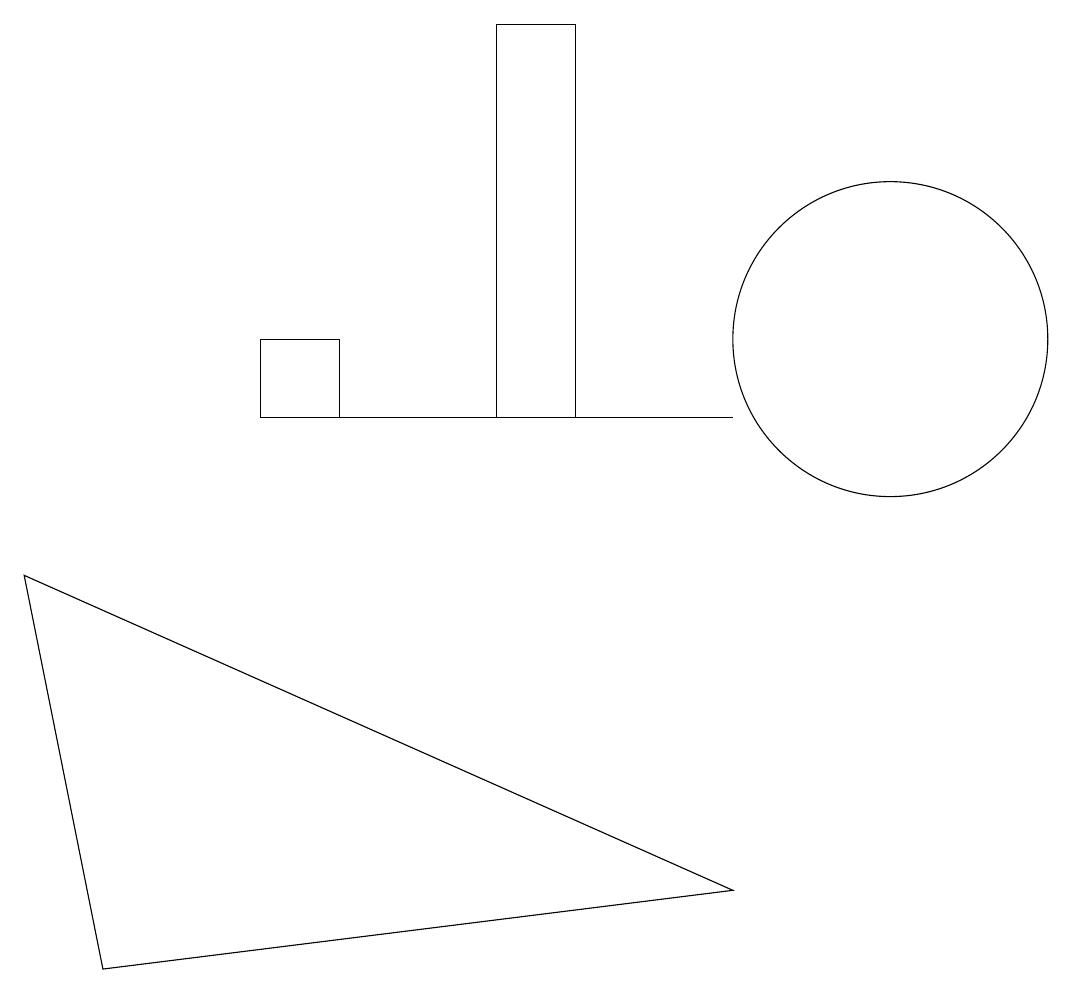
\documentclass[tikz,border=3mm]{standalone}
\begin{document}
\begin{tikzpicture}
\draw (11,12) circle (2);
\draw (7,16) rectangle (6,11);
\draw (9,5) -- (0,9) -- (1,4) -- cycle;
\draw (3,11) rectangle (4,12);
\draw (9,11) rectangle (4,11);
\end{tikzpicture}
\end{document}